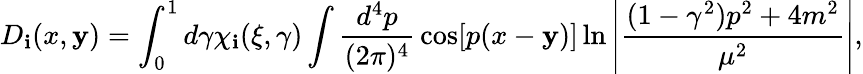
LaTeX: D_{\mathbf{i}}(x,\mathbf{y})=\int_{0}^{1}d\gamma\chi_{\mathbf{i}}(\xi,\gamma)\int{\frac{{d^{4}p}}{{(2\pi)^{4}}}}\cos[p(x-\mathbf{y})]\ln\left|{\frac{{(1-\gamma^{2})p^{2}+4m^{2}}}{{\mu^{2}}}}\right|,